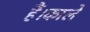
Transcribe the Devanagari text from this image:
हैं।काले